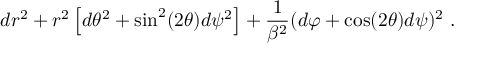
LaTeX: d r ^ { 2 } + r ^ { 2 } \left[ d \theta ^ { 2 } + \sin ^ { 2 } ( 2 \theta ) d \psi ^ { 2 } \right] + \frac { 1 } { \beta ^ { 2 } } ( d \varphi + \cos ( 2 \theta ) d \psi ) ^ { 2 } ~ .